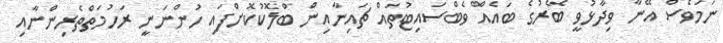
ނަމަވެސް އޭނާ ވިދާޅުވީ ބޭރުގެ ބައެއް ވެބްސައިޓުތައް ޗައިނާއިން ބްލޮކުކޮށްފައި ހުންނަނީ ރަހުމަތްތެރިންނާއި